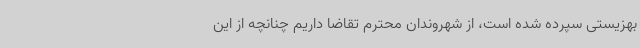
بهزیستی سپرده شده است، از شهروندان محترم تقاضا داریم چنانچه از این